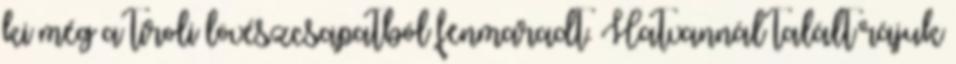
ki még a tiroli lövészcsapatból fenmaradt. Hatvannál talált rájuk